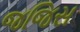
જજિસ